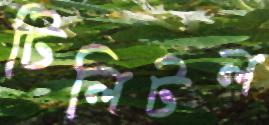
টিলিটল